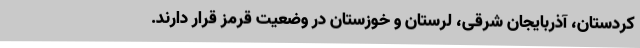
کردستان، آذربایجان شرقی، لرستان و خوزستان در وضعیت قرمز قرار دارند.